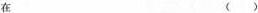
在()